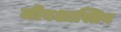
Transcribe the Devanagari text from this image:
जीवशास्त्रिय